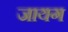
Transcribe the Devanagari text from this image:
जायग